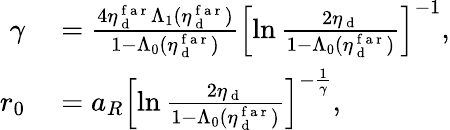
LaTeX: \begin{array}{rl}{\gamma}&{{}=\frac{4\eta_{\mathrm{~d~}}^{\mathrm{~f~a~r~}}\Lambda_{1}(\eta_{\mathrm{~d~}}^{\mathrm{~f~a~r~}})}{1-\Lambda_{0}(\eta_{\mathrm{~d~}}^{\mathrm{~f~a~r~}})}\left[\ln\frac{2\eta_{\mathrm{~d~}}}{1-\Lambda_{0}(\eta_{\mathrm{~d~}}^{\mathrm{~f~a~r~}})}\right]^{-1},}\\ {r_{0}}&{{}=a_{R}\left[\ln\frac{2\eta_{\mathrm{~d~}}}{1-\Lambda_{0}(\eta_{\mathrm{~d~}}^{\mathrm{~f~a~r~}})}\right]^{-\frac{1}{\gamma}},}\end{array}